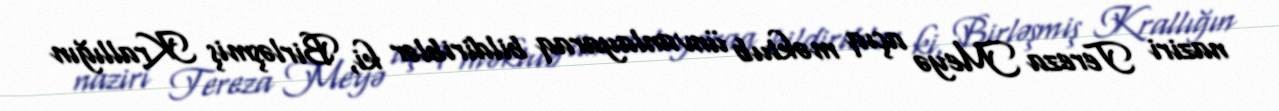
naziri Tereza Meyə açıq məktub ünvanlayaraq bildiriblər ki, Birləşmiş Krallığın